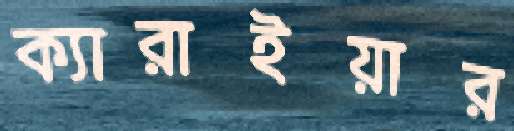
ক্যারাইয়ার